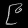
Digit: ၉